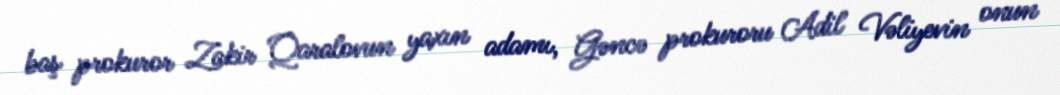
baş prokuror Zakir Qaralovun yaxın adamı, Gəncə prokuroru Adil Vəliyevin onun